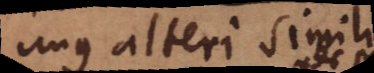
unus alteri similis